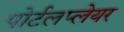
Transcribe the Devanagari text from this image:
पोर्टलप्लेयर